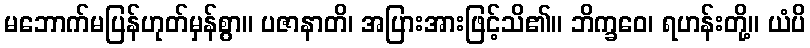
မဘောက်မပြန်ဟုတ်မှန်စွာ။ ပဇာနာတိ၊ အပြားအားဖြင့်သိ၏။ ဘိက္ခဝေ၊ ရဟန်းတို့။ ယံပိ